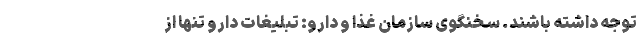
توجه داشته باشند. سخنگوی سازمان غذا و دارو: تبلیغات دارو تنها از